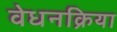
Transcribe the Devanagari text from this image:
वेधनक्रिया